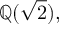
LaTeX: \mathbb { Q } ( { \sqrt { 2 } } ) ,